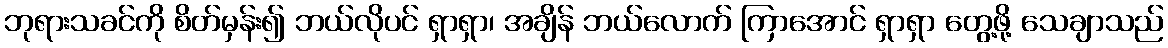
ဘုရားသခင်ကို စိတ်မှန်း၍ ဘယ်လိုပင် ရှာရှာ၊ အချိန် ဘယ်လောက် ကြာအောင် ရှာရှာ တွေ့ဖို့ သေချာသည်